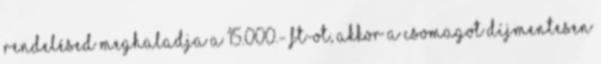
rendelésed meghaladja a 15.000.- Ft-ot, akkor a csomagot díjmentesen